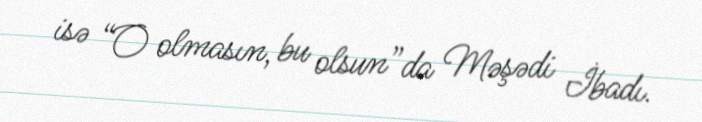
isə “O olmasın, bu olsun”da Məşədi İbadı.